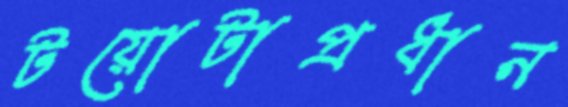
টয়োটাপ্রধান